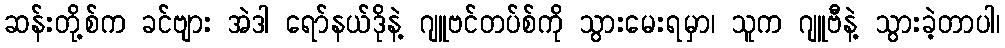
ဆန်းတို့စ်က ခင်ဗျား အဲဒါ ရော်နယ်ဒိုနဲ့ ဂျူဗင်တပ်စ်ကို သွားမေးရမှာ၊ သူက ဂျူဗီနဲ့ သွားခဲ့တာပါ၊